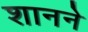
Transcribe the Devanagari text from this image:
शानने